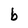
Character: b